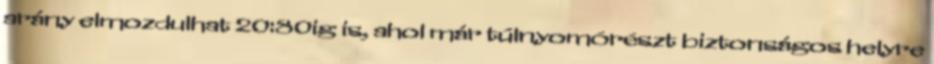
arány elmozdulhat 20:80ig is, ahol már túlnyomórészt biztonságos helyre